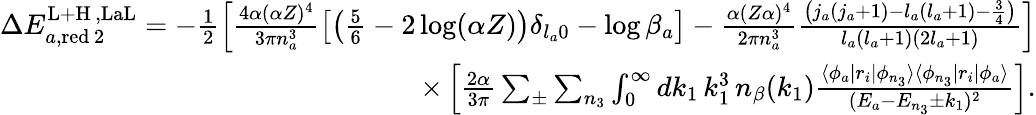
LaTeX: \begin{array}{r}{\Delta E_{a,\mathrm{red}\, 2}^{\mathrm{L+H}\, ,\mathrm{LaL}}=-\frac{1}{2}\left[\frac{4\alpha(\alpha Z)^{4}}{3\pi n_{a}^{3}}\left[\left(\frac{5}{6}-2\log(\alpha Z)\right)\delta_{l_{a}0}-\log\beta_{a}\right]-\frac{\alpha(Z\alpha)^{4}}{2\pi n_{a}^{3}}\frac{\left(j_{a}(j_{a}+1)-l_{a}(l_{a}+1)-\frac{3}{4}\right)}{l_{a}(l_{a}+1)(2l_{a}+1)}\right]}\\ {\times\left[\frac{2\alpha}{3\pi}\sum_{\pm}\sum_{n_{3}}\int_{0}^{\infty}dk_{1}\, k_{1}^{3}\, n_{\beta}(k_{1})\frac{\langle\phi_{a}|r_{i}|\phi_{n_{3}}\rangle\langle\phi_{n_{3}}|r_{i}|\phi_{a}\rangle}{(E_{a}-E_{n_{3}}\pm k_{1})^{2}}\right].}\end{array}